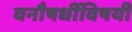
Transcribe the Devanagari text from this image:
वनौषधींविषयी